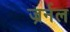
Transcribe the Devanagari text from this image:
ज्रर्नल